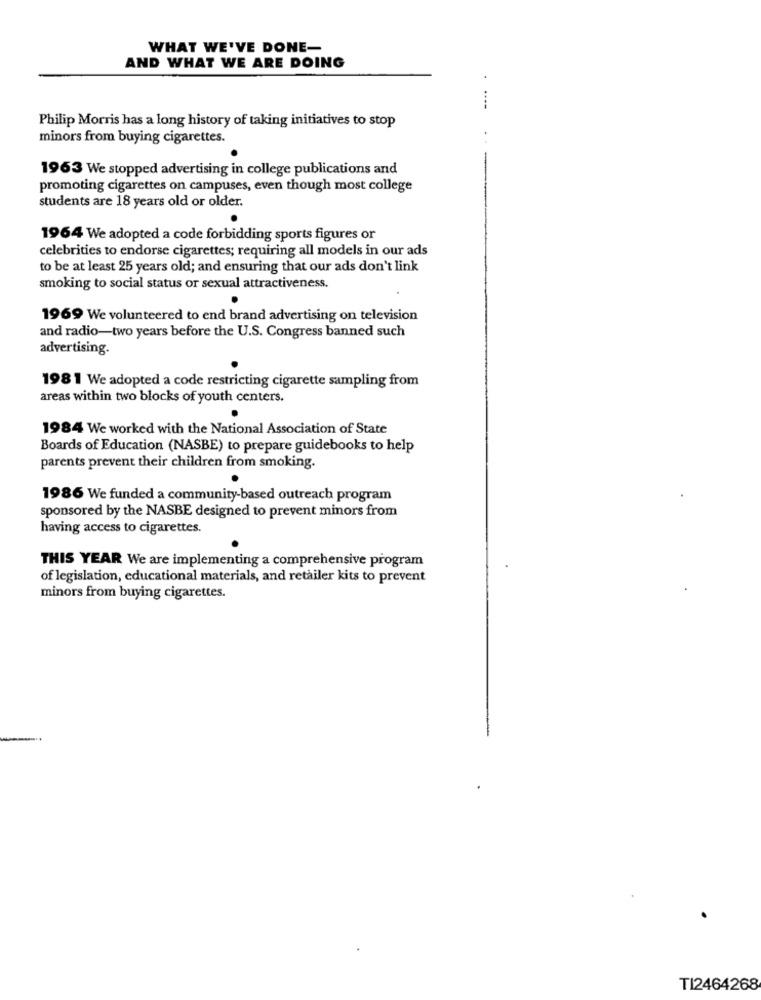
WHAT WE'VE DONE-
AND WHAT WE ARE DOING
Philip Morris has a long history of taking initiatives to stop
minors from buying cigarettes.
1963 We stopped advertising in college publications and
promoting cigarettes on campuses, even though most college
students are 18 years old or older.
1964 We adopted a code forbidding sports figures or
celebrities to endorse cigarettes; requiring all models in our ads
to be at least 25 years old; and ensuring that our ads don't link
smoking to social status or sexual attractiveness.
1969 We volunteered to end brand advertising on television
and radio-two years before the U.S. Congress banned such
advertising.
198 1 We adopted a code restricting cigarette sampling from
areas within two blocks of youth centers.
1984 We worked with the National Association of State
Boards of Education (NASBE) to prepare guidebooks to help
parents prevent their children from smoking.
1986 We funded a community-based outreach program
sponsored by the NASBE designed to prevent minors from
having access to cigarettes.
THIS YEAR We are implementing a comprehensive program
of legislation, educational materials, and retailer kits to prevent
minors from buying cigarettes.
TI2464268